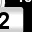
Digit: 2